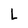
Character: L